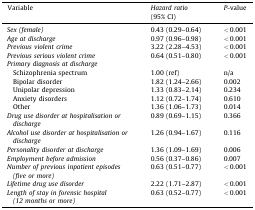
| Variable | Hazard ratio (95% CI) | P-value |
 | --- | --- | --- |
 | Sex (female) | 0.43 (0.29–0.64) | < 0.001 |
 | Age at discharge | 0.97 (0.96–0.98) | < 0.001 |
 | Previous violent crime | 3.22 (2.28–4.53) | < 0.001 |
 | Previous serious violent crime | 0.64 (0.51–0.80) | < 0.001 |
 | Primary diagnosis at discharge |  |  |
 | Schizophrenia spectrum | 1.00 (ref) | n/a |
 | Bipolar disorder | 1.82 (1.24–2.66) | 0.002 |
 | Unipolar depression | 1.33 (0.83–2.14) | 0.234 |
 | Anxiety disorders | 1.12 (0.72–1.74) | 0.610 |
 | Other | 1.36 (1.06–1.73) | 0.014 |
 | Drug use disorder at hospitalisation or discharge | 0.89 (0.69–1.15) | 0.366 |
 | Alcohol use disorder at hospitalisation or discharge | 1.26 (0.94–1.67) | 0.116 |
 | Personality disorder at discharge | 1.36 (1.09–1.69) | 0.006 |
 | Employment before admission | 0.56 (0.37–0.86) | 0.007 |
 | Number of previous inpatient episodes (five or more) | 0.63 (0.51–0.77) | < 0.001 |
 | Lifetime drug use disorder | 2.22 (1.71–2.87) | < 0.001 |
 | Length of stay in forensic hospital (12 months or more) | 0.63 (0.52–0.77) | < 0.001 |